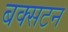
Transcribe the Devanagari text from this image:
बक्सटन